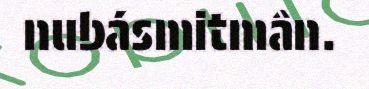
nubásmitmân.